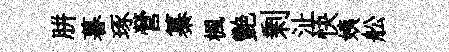
胼暮琢營纂楓艷剰沚快姨舩